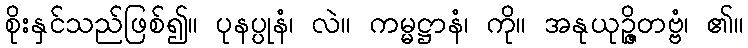
စိုးနှင်သည်ဖြစ်၍။ ပုနပ္ပုနံ၊ လဲ။ ကမ္မဋ္ဌာနံ၊ ကို။ အနုယုဉ္ဇိတဗ္ဗံ၊ ၏။